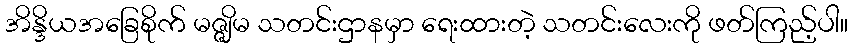
အိန္ဒိယအခြေစိုက် မဇ္ဇျိမ သတင်းဌာနမှာ ရေးထားတဲ့ သတင်းလေးကို ဖတ်ကြည့်ပါ။